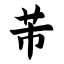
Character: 芾